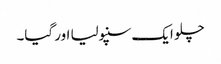
چلو ایک سنپولیا اور گیا۔